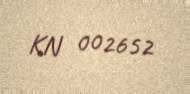
KN 002652